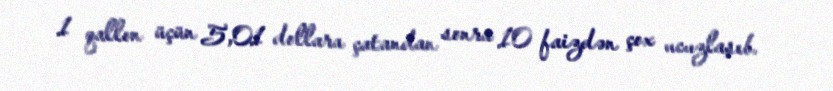
1 qallon üçün 5,01 dollara çatandan sonra 10 faizdən çox ucuzlaşıb.